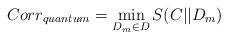
LaTeX: \begin{align*}Corr_{quantum} = \min_{D_m\in D} S(C || D_m)\end{align*}